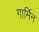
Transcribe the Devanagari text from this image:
गार्मिन